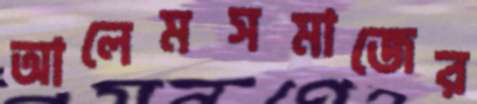
আলেমসমাজের